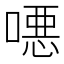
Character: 𫫖